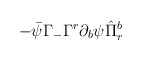
\begin{align*}-\bar{\psi}\Gamma_{-}\Gamma^r\partial_b\psi\hat\Pi^b_r\end{align*}